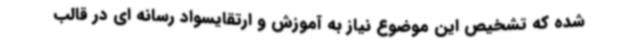
شده که تشخیص این موضوع نیاز به آموزش و ارتقایسواد رسانه ای در قالب